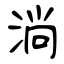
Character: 淌